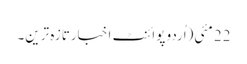
22 مئی(اُردو پوائنٹ اخبارتازہ ترین۔